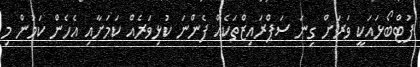
ފުޓްބޯޅައަކީ ވަރަށް ގިނަ ސަޕްރައިޒްތަކެއް ފެންނަ ކުޅިވަރެއް ކަމަށާއި އެހެން ކަމުން މި